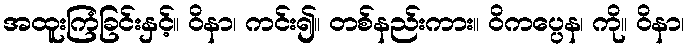
အထူးကြံခြင်းနှင့်။ ဝိနာ၊ ကင်း၍။ တစ်နည်းကား။ ဝိကပ္ပေန၊ ကို။ ဝိနာ၊